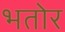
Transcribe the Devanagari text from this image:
भतोर